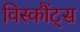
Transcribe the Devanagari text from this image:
विस्कौंट्स